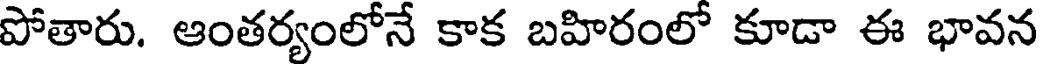
పోతారు. ఆంతర్యంలోనే కాక బహిరంలో కూడా ఈ భావన